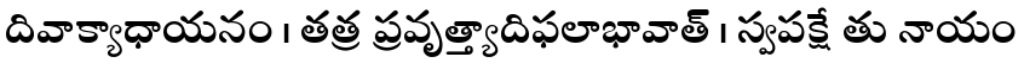
దివాక్యాధాయనం । తత్ర ప్రవృత్త్యాదిఫలాభావాత్ । స్వపక్షే తు నాయం